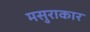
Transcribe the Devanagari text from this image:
मसुराकार